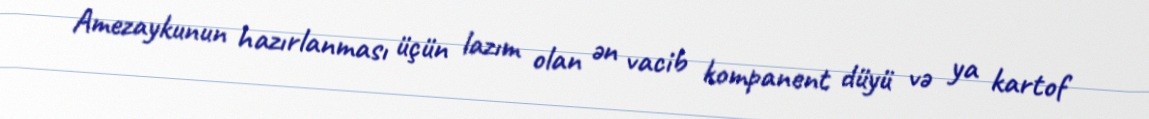
Amezaykunun hazırlanması üçün lazım olan ən vacib kompanent düyü və ya kartof